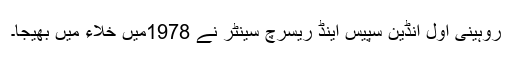
روہینی اول انڈین سپیس اینڈ ریسرچ سینٹر نے 1978میں خلاء میں بھیجا۔